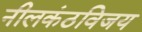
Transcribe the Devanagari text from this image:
नीलकंठविजय